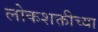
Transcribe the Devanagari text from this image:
लोकशक्तीच्या